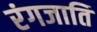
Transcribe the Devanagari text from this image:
रंगजाति